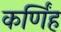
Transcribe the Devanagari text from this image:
कर्णिंह